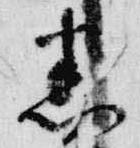
悉